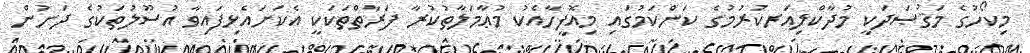
މިކޯހުގެ މަޤުޞަދަކީ މުދާކްލިއަރކުރުމުގެ ކަންކަމުގައި މިއޮފީހާއެކު މުޢާމަލާތުކުރާ ފަރާތްތަކަކީ އެކަށައެޅިފައިވާ އުސޫލުތަކުގެ ދަށުން